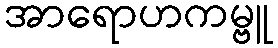
အာရောဟကမ္ဗူ